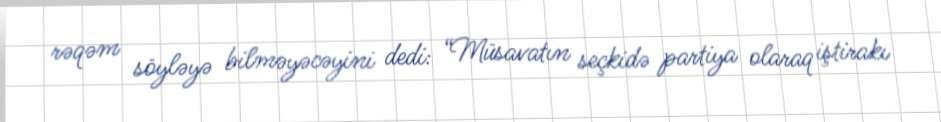
rəqəm söyləyə bilməyəcəyini dedi: “Müsavatın seçkidə partiya olaraq iştirakı